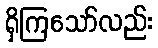
ရှိကြသော်လည်း